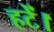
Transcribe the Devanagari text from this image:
हटें।